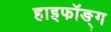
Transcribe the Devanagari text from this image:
हाइफॉङ्ग